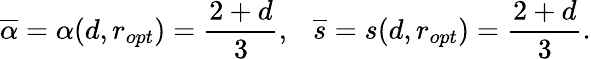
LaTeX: \overline{{\alpha}}=\alpha(d,r_{opt})=\frac{2+d}{3},\ \ \ \overline{{s}}=s(d,r_{opt})=\frac{2+d}{3}.